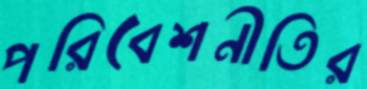
পরিবেশনীতির